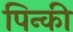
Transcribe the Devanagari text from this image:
पिन्की